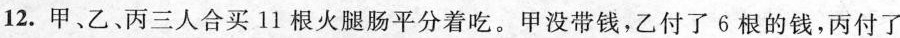
12.甲、乙。丙三人合买11根火腿肠平分着吃。甲没带钱，乙付了6根的钱，丙付了